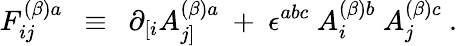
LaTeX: F_{ij}^{(\beta)a}~~\equiv~~\partial_{[i}A_{j]}^{(\beta)a}~+~\epsilon^{abc}~A_{i}^{(\beta)b}~A_{j}^{(\beta)c}~.